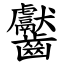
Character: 齾